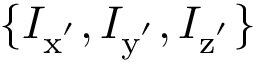
\{ I _ { \mathrm { x ^ { ' } } } , I _ { \mathrm { y ^ { ' } } } , I _ { \mathrm { z ^ { ' } } } \}